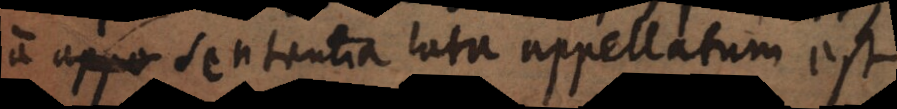
a sententia lata appellatum est.